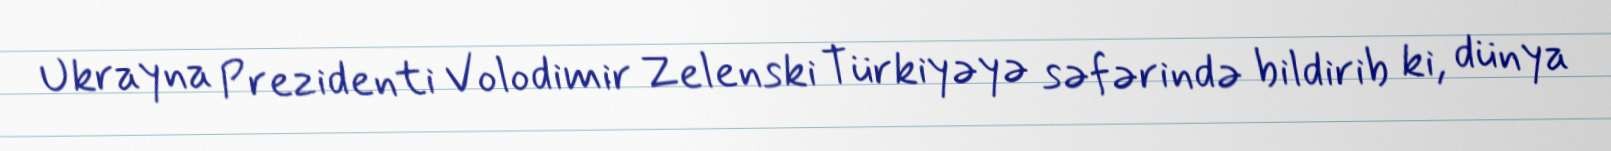
Ukrayna Prezidenti Volodimir Zelenski Türkiyəyə səfərində bildirib ki, dünya